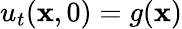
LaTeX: u_{t}(\mathbf{x},0)=g(\mathbf{x})